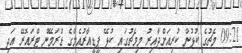
09:21 މެޗުގެ ކުޅުން ކުރިއަށްދާއިރު މިމެޗުގައި ކުޅޭ ޕީޑީއާރުއެމްގެ ޑްރަމޭން ޓްރައޮރޭ އަދި